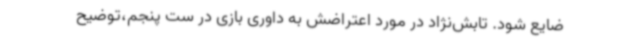
ضایع شود. تابش‌نژاد در مورد اعتراضش به داوری بازی در ست پنجم،توضیح